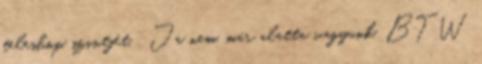
teleshop szintjét. . Ja nem, már alatta vagyunk. BTW